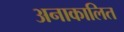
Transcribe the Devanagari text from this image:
अनाकालित